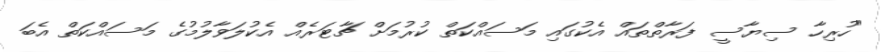
"ހުރިހާ ސިޔާސީ ފަރާތްތައް އެކުގައި މަސައްކަތް ކުރުމަށް ޗާޓަރެއް އެކުލަވާލުމުގެ މަސައްކަތް އެބަ